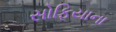
સોફિયાના